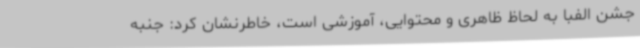
جشن الفبا به لحاظ ظاهری و محتوایی، آموزشی است، خاطرنشان کرد: جنبه